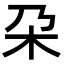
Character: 朶